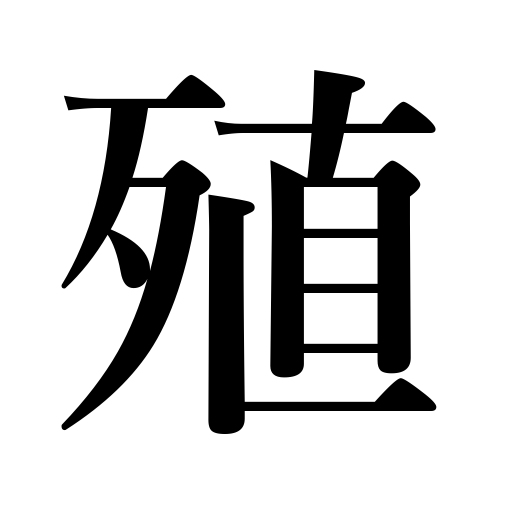
Meanings: accrue,multiply,add to,raise,water rises,augment,increase